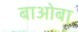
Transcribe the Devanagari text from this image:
बाओबा